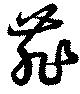
菲